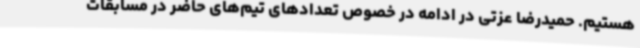
هستیم. حمیدرضا عزتی در ادامه در خصوص تعدادهای تیم‌های حاضر در مسابقات